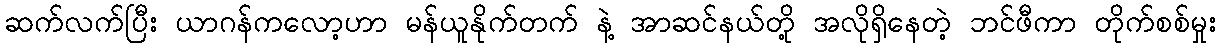
ဆက်လက်ပြီး ယာဂန်ကလော့ဟာ မန်ယူနိုက်တက် နဲ့ အာဆင်နယ်တို့ အလိုရှိနေတဲ့ ဘင်ဖီကာ တိုက်စစ်မှုး